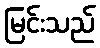
မြင်းသည်